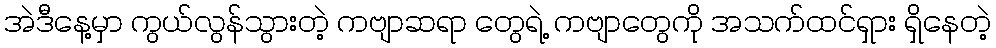
အဲဒီနေ့မှာ ကွယ်လွန်သွားတဲ့ ကဗျာဆရာ တွေရဲ့ ကဗျာတွေကို အသက်ထင်ရှား ရှိနေတဲ့